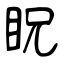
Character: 眖